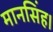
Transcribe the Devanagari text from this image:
मानसिंह।